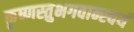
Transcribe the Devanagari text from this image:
कृष्णस्तुभगवान्स्वयं